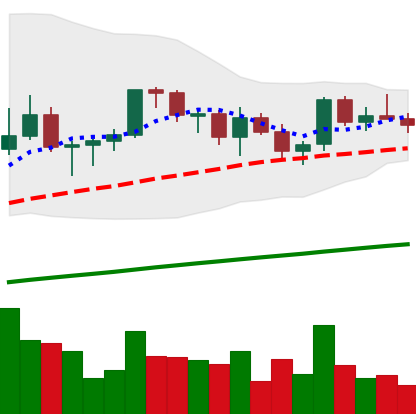
Ticker: LINK-USD
Chart end date: 2021-03-21
Forward return: -6.392%
Label: down_5_7